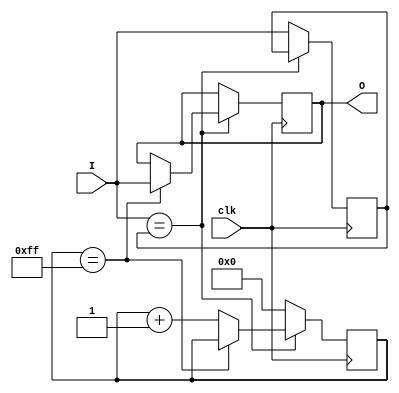
`timescale 1ns/1ps
//-------------------------------------------------------
// Purpose      : 
// Developers   : Diligent Corporation
//-------------------------------------------------------

module debouncer(
    input clk,
    input I,
    output reg O
    );

    parameter COUNT_MAX=255, COUNT_WIDTH=8;
    reg [COUNT_WIDTH-1:0] count;
    reg Iv=0;
    always@(posedge clk)
        if (I == Iv) begin
            if (count == COUNT_MAX)
                O <= I;
            else
                count <= count + 1'b1;
        end else begin
            count <= 'b0;
            Iv <= I;
        end
    
endmodule